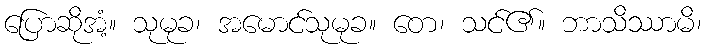
ပြောဆိုအံ့။ သုမုခ၊ အမောင်သုမုခ။ တေ၊ သင်၏။ ဘာသိဿာမိ၊